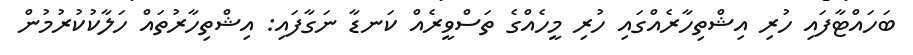
ބަހައްޓާފައި ހުރި އިޝްތިހާރެއްގައި ހުރި މީހެއްގެ ތަސްވީރެއް ކަނޑާ ނަގާފައި: އިޝްތިހާރުތައް ހަލާކުކުރުމުން